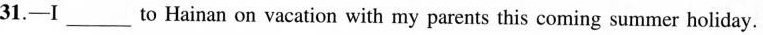
31.—I___to Hainan on vacation with my parents this coming summer holiday.